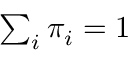
\textstyle \sum _ { i } \pi _ { i } = 1